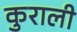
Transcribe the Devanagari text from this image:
कुराली